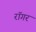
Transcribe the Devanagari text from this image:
रॉगर